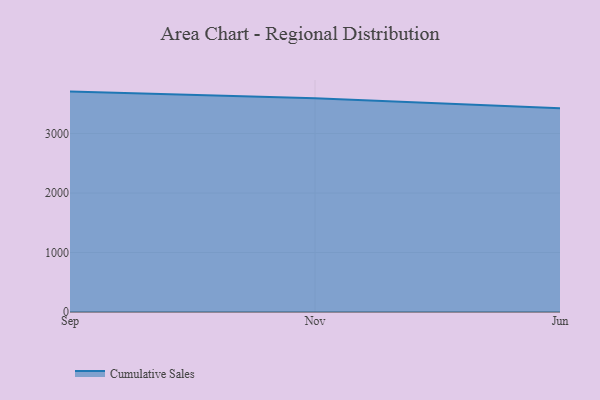
{"axis": {"x": "Month", "y": "Energy Usage (MWh)"}, "legend": ["Cumulative Sales"], "data": [{"x": "Sep", "y": 3705.3, "type": "Cumulative Sales"}, {"x": "Nov", "y": 3592.9, "type": "Cumulative Sales"}, {"x": "Jun", "y": 3424.7, "type": "Cumulative Sales"}]}